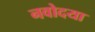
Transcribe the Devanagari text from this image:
नवोदया